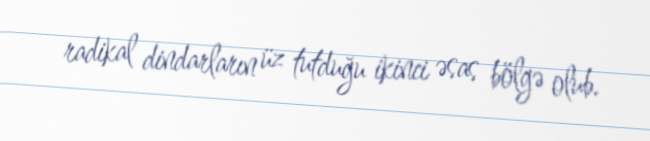
radikal dindarların üz tutduğu ikinci əsas bölgə olub.